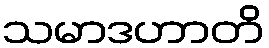
သမာဒဟာတိ